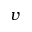
v